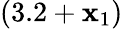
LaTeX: (3.2+\mathbf{x}_{1})